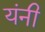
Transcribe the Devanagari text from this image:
यंनी